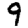
Digit: 9